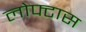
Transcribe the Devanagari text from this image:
लोफ्टास